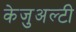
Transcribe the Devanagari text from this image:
केजुअल्टी